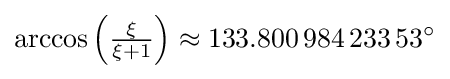
\arccos \left({\tfrac {\xi }{\xi +1}}\right)\approx 133.800\,984\,233\,53^{\circ }